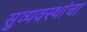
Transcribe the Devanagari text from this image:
सुव्यवस्थांचा